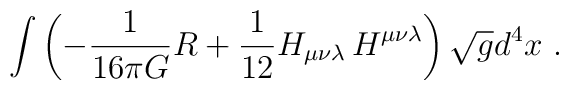
\int \left (-{1\over 16\pi G } R +{1\over12}H_{\mu\nu\lambda}\,H^{\mu\nu\lambda}\right )\sqrt{g} d^4x \,\,.\nonumber